Indian Medical Review
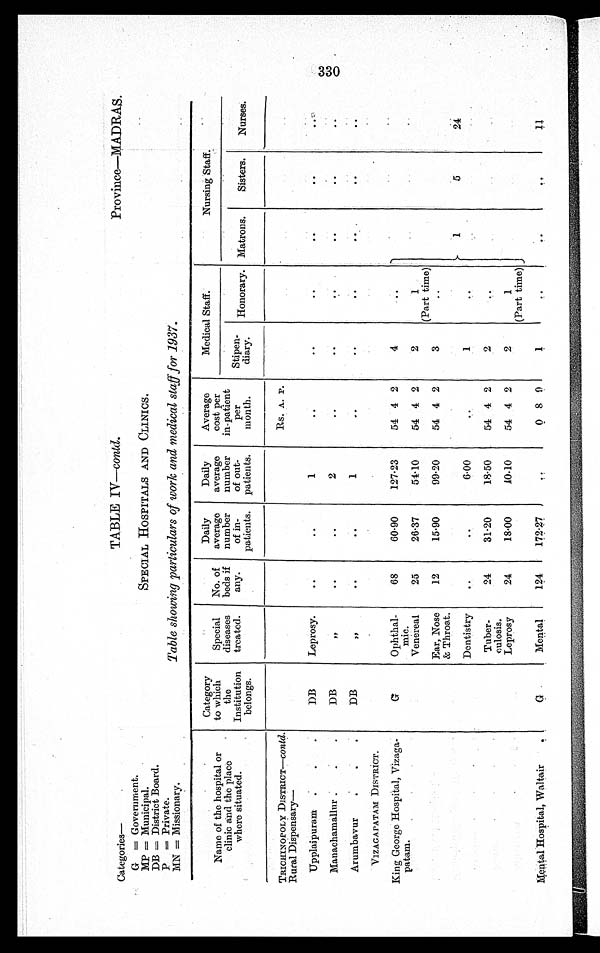
Categories—
TABLE IV—contd.
Province—MADRAS.
G = Government.
MP = Municipal.
SPECIAL HOSPITALS AND CLINICS.
DB=District Board.
P = P r i v a t e . .
MN=Missionary.
Table showing particulars of work and medical staff for 1937.
Name of the hospital or
clinic and the place
where situated.
Category
to which
the
Institution
belongs.
Special
diseases
treated.
No. of
beds if
any.
Daily
average
number
of in-
patients.
Daily
average
number
of out-
patients.
Average
cost per
in-patient
per
month.
Medical Staff.
Nursing Staff.
Stipen-
d i a r y .
Honorary. Matrons.
Sisters.
Nurses:
TRICHINOPOLY DISTRICT—contd.
Rural Dispensary—
Rs. A. P.
Upplaipuram
DB
Leprosy.
..
..
1
. .
..
..
..
. .
. .
Manachamallur
DB
, ,
. .
. .
2
. .
..
. .
..
..
. .
Arumbavur
DB
, ,
. .
. .
1
. .
..
..
. .
. .
..
VIZAGAPATAM DISTRICT.
King George Hospital, Vizaga-
patam.
G
Ophthal-
mic.
68
60·90
127·23
54 4 2
4
. .
Venereal
25
26·37
54·10
54 4 2
2
1
(Part time)
Ear, Nose
& Throat.
12
15.90
99·20
54 4 2
3
..
1
5
24
Dentistry
..
..
6·00
. .
1
. .
Tuber-
culosis.
24
31·20
18·50
54 4 2
2
. .
Leprosy
24
18·00
40·10
54 4 2
2
1
(Part time)
Mental Hospital, Waltair
G
Mental
124
172 . 27
. .
0 8 9
1
. .
..
. .
11